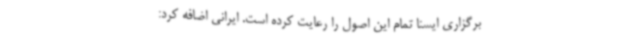
برگزاری ایسنا تمام این اصول را رعایت کرده است. ایرانی اضافه کرد: